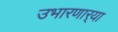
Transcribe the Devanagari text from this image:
उभारणार्‍या